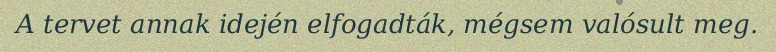
A tervet annak idején elfogadták, mégsem valósult meg.